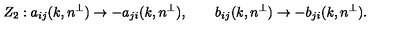
Z _ { 2 } : a _ { i j } ( k , n ^ { \perp } ) \rightarrow - a _ { j i } ( k , n ^ { \perp } ) , \qquad b _ { i j } ( k , n ^ { \perp } ) \rightarrow - b _ { j i } ( k , n ^ { \perp } ) .